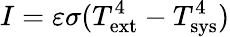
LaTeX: I=\varepsilon\sigma(T_{\mathrm{ext}}^{4}-T_{\mathrm{sys}}^{4})